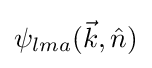
\psi _{lma}({\vec {k}},{\hat {n}})